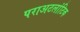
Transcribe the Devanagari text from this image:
पराअटलांटिक